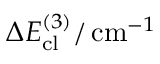
\Delta E _ { \mathrm { c l } } ^ { ( 3 ) } / \, \mathrm { c m } ^ { - 1 }